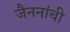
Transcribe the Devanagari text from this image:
जैननांची